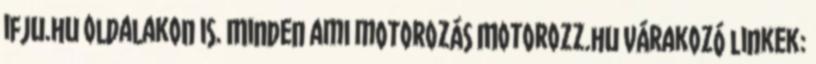
ifju.hu oldalakon is. Minden ami motorozás Motorozz.hu Várakozó linkek: